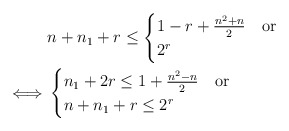
\begin{align*}& n+ n_1+r \leq\begin{cases}1-r+\frac{ n^2+n}{2} & \textrm{or}\\2^r\end{cases}\\ \iff &\begin{cases}n_1 +2 r\leq 1+\frac{ n^2-n}{2} & \textrm{or}\\n+ n_1+r \leq 2^r\end{cases}\end{align*}